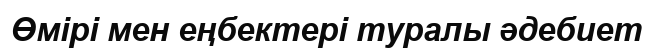
Өмірі мен еңбектері туралы әдебиет